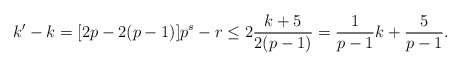
\begin{align*} k'-k=[2p-2(p-1)]p^s-r\leq 2\frac{k+5}{2(p-1)}=\frac{1}{p-1}k+\frac{5}{p-1}. \end{align*}